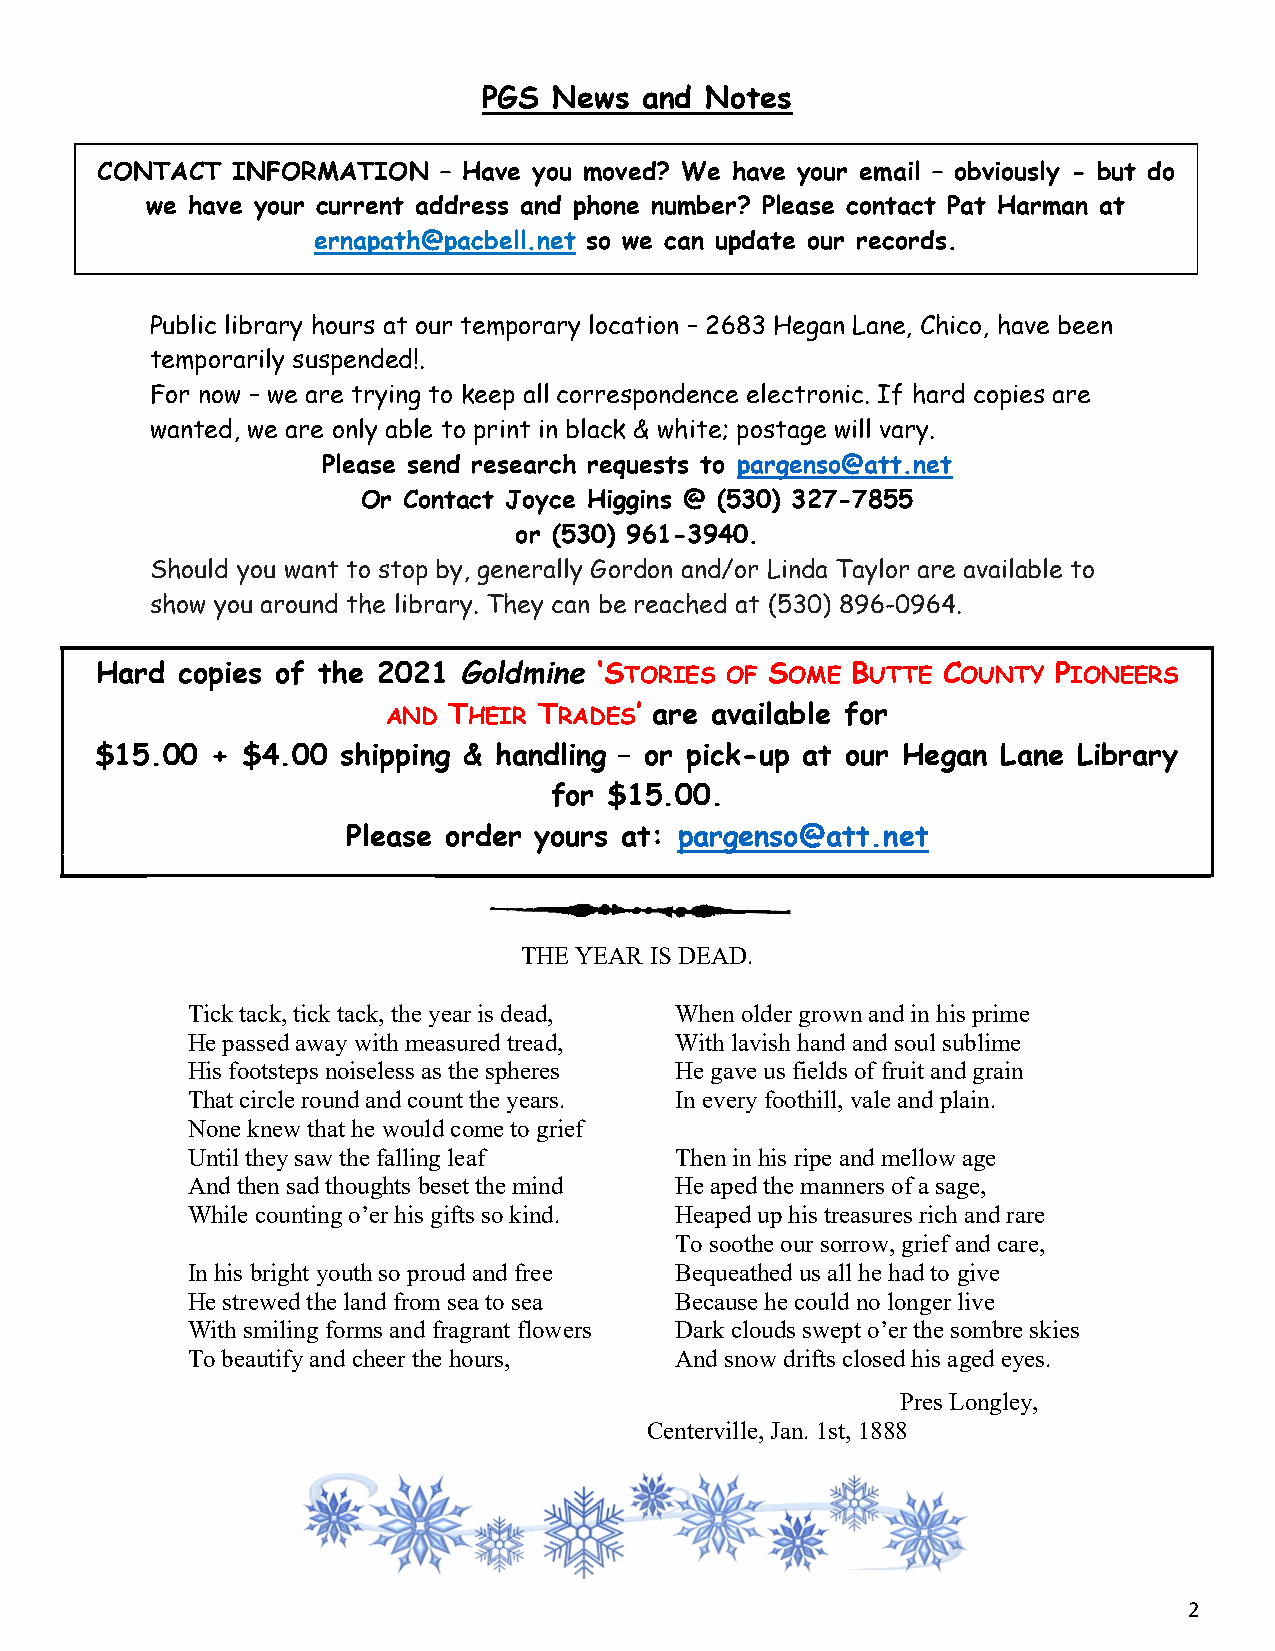
PGS  News  and Notes
 CONTACT  INFORMATION   – Have you moved? We have your email – obviously - but do
 we have your current address and phone number? Please contact Pat Harman at
 ernapath@pacbell.net so we can update our records.
 Public library hours at our temporary location – 2683 Hegan Lane, Chico, have been
 temporarily suspended!.
 For now – we are trying to keep all correspondence electronic. If hard copies are
 wanted, we are only able to print in black & white; postage will vary.
 Please send research requests to pargenso@att.net
 Or Contact Joyce Higgins @ (530) 327-7855
 or (530) 961-3940.
 Should you want to stop by, generally Gordon and/or Linda Taylor are available to
 show you around the library. They can be reached at (530) 896-0964.
 Hard  copies of the 2021 Goldmine ‘STORIES OF SOME BUTTE COUNTY PIONEERS
 AND THEIR TRADES’ are available for
 $15.00  + $4.00  shipping & handling – or pick-up at our Hegan Lane Library
 for $15.00.
 Please order yours at: pargenso@att.net
 THE YEAR IS DEAD.
 Tick tack, tick tack, the year is dead, When older grown and in his prime
 He passed away with measured tread, With lavish hand and soul sublime
 His footsteps noiseless as the spheres He gave us fields of fruit and grain
 That circle round and count the years. In every foothill, vale and plain.
 None knew that he would come to grief
 Until they saw the falling leaf  Then in his ripe and mellow age
 And then sad thoughts beset the mind He aped the manners of a sage,
 While counting o’er his gifts so kind. Heaped up his treasures rich and rare
 To soothe our sorrow, grief and care,
 In his bright youth so proud and free Bequeathed us all he had to give
 He strewed the land from sea to sea Because he could no longer live
 With smiling forms and fragrant flowers Dark clouds swept o’er the sombre skies
 To beautify and cheer the hours, And snow drifts closed his aged eyes.
 Pres Longley,
 Centerville, Jan. 1st, 1888
 2